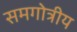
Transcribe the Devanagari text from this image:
समगोत्रीय